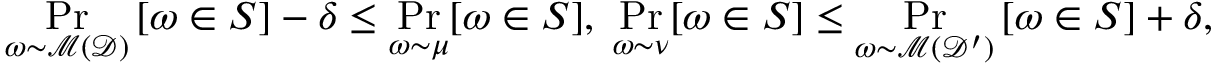
\operatorname* { P r } _ { \omega \sim \mathcal { M } ( \mathcal { D } ) } \left[ \omega \in S \right] - \delta \le \operatorname* { P r } _ { \omega \sim \mu } [ \omega \in S ] , \; \operatorname* { P r } _ { \omega \sim \nu } [ \omega \in S ] \le \operatorname* { P r } _ { \omega \sim \mathcal { M } ( \mathcal { D } ^ { \prime } ) } \left[ \omega \in S \right] + \delta ,